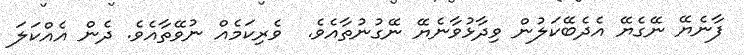
ފާނެޔޭ ނޭގެޔޭ އެދެބޭކަލުން ވިދާޅުވާނެޔޭ ނޭގުނުތާއެވެ.  ވެރިކަމެއް ނުވޭތާއެވެ. ދެން އެއްކަލަ